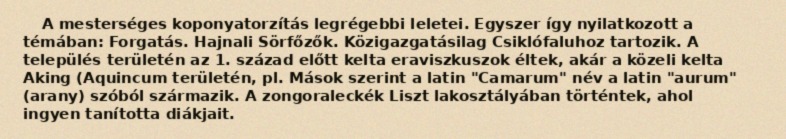
A mesterséges koponyatorzítás legrégebbi leletei. Egyszer így nyilatkozott a témában: Forgatás. Hajnali Sörfőzők. Közigazgatásilag Csiklófaluhoz tartozik. A település területén az 1. század előtt kelta eraviszkuszok éltek, akár a közeli kelta Aking (Aquincum területén, pl. Mások szerint a latin "Camarum" név a latin "aurum" (arany) szóból származik. A zongoraleckék Liszt lakosztályában történtek, ahol ingyen tanította diákjait.